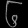
Digit: ၆